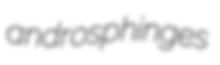
androsphinges